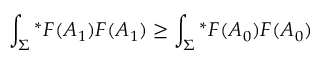
\int _ { \Sigma } { ^ \ast } F ( A _ { 1 } ) F ( A _ { 1 } ) \geq \int _ { \Sigma } { ^ \ast } F ( A _ { 0 } ) F ( A _ { 0 } )